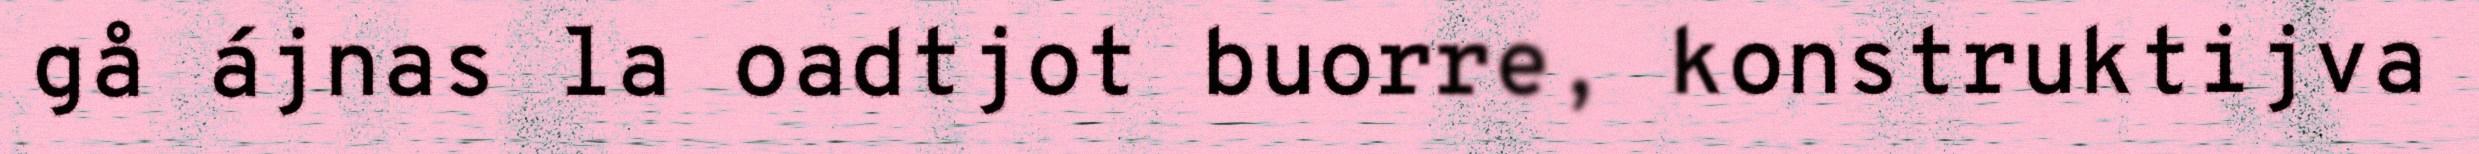
gå ájnas la oadtjot buorre, konstruktijva